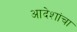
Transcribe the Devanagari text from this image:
आदेशांचा